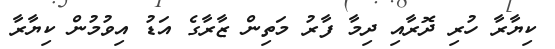
ކިޔާރާ ހުރި ދޮރާއި ދިމާ ފާރު މަތިން ޒާރާގެ އަޑު އިވުމުން ކިޔާރާ